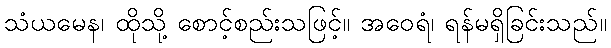
သံယမေန၊ ထိုသို့ စောင့်စည်းသဖြင့်။ အဝေရံ၊ ရန်မရှိခြင်းသည်။